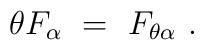
\theta F_\alpha~=~F_{\theta\alpha}~.